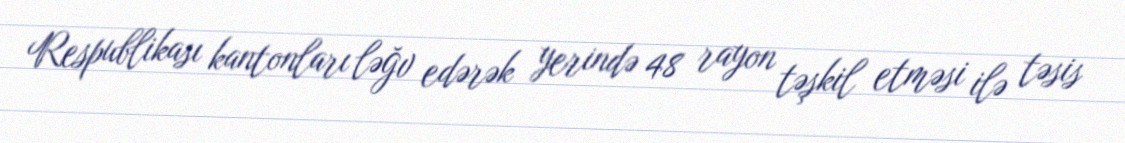
Respublikası kantonları ləğv edərək yerində 48 rayon təşkil etməsi ilə təsis